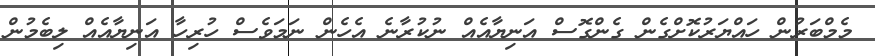
މެމްބަރުން ހައްޔަރުކޮށްގެން ގެންގޮސް އަނިޔާއެއް ނުކުރާނެ އެހެން ނަމަވެސް ހުރިހާ އަނިޔާއެއް ލިބެމުން